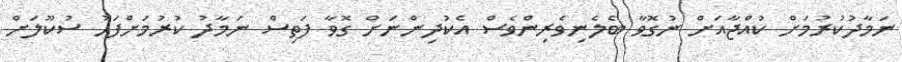
ނަމާދުކުރުމަށް ކުއްޖާއަށް ނުގޮވާ ބެލެނިވެރިންވެސް އެކުދިންނަށް ގޮވާ ފަތިސް ނަމާދު ކުރުމަށްފަހު ސުކޫލަށް